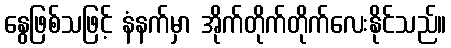
နွေဖြစ်သဖြင့် နံနက်မှာ အိုက်တိုက်တိုက်လေးနိုင်သည်။